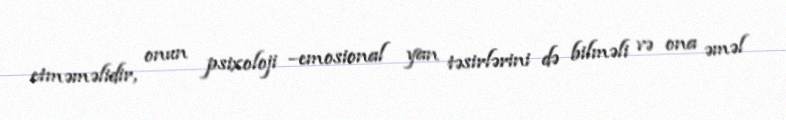
etməməlidir, onun psixoloji –emosional yan təsirlərini də bilməli və ona əməl